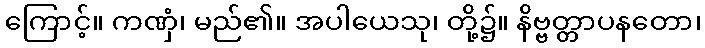
ကြောင့်။ ကဏှံ၊ မည်၏။ အပါယေသု၊ တို့၌။ နိဗ္ဗတ္တာပနတော၊